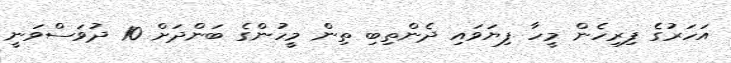
އަހަރުގެ ފިރިހެން މީހާ ފިޔަވައި ދެންތިބި ތިން މީހުންގެ ބަންދަށް 10 ދުވަސްވަނީ